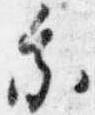
乗